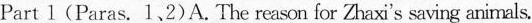
(Paras. 1、2)A.The reason for Zhaxi's saving animals.